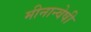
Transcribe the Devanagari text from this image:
मीनान्वेषी